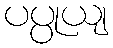
ပပ္ပုယျ